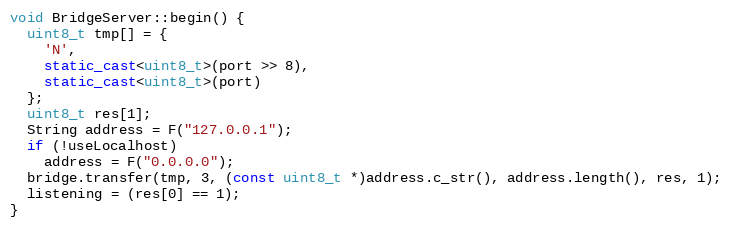
Language: C++
void BridgeServer::begin() {
  uint8_t tmp[] = {
    'N',
    static_cast<uint8_t>(port >> 8),
    static_cast<uint8_t>(port)
  };
  uint8_t res[1];
  String address = F("127.0.0.1");
  if (!useLocalhost)
    address = F("0.0.0.0");
  bridge.transfer(tmp, 3, (const uint8_t *)address.c_str(), address.length(), res, 1);
  listening = (res[0] == 1);
}